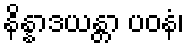
နိန္နာဒယန္တာ ပဝနံ၊